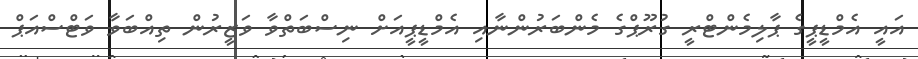
އައީ އެމްޑީޕީގެ ޕާލިމެންޓްރީ ގުރޫޕްގެ މެންބަރުންނާއި އެމްޑީޕީއަށް ނިސްބަތްވާ ވަޒީރުން ތިއްބަވާ ވަޓްސްއަޕް